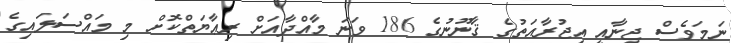
ނަމަވެސް ޖިނާއީ އިޖުރާއަތުގެ ޤާނޫނުގެ 186 ވަނަ މާއްދާއަށް ރިޢާޔަތްކޮށް މި މައްސަލައިގެ